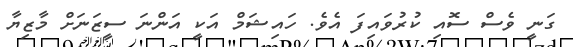
ގަނީ ވެސް ސޮއި ކުރުވައިފަ އެވެ. ހައިޝަމް އަކީ އަންނަ ސީޒަނަށް މާޒިޔާ